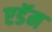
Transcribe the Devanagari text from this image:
एडॅम